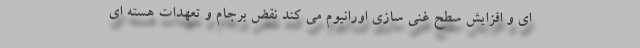
ای و افزایش سطح غنی سازی اورانیوم می کند نقض برجام و تعهدات هسته ای